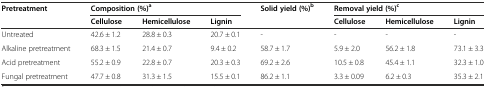
<table><thead><tr><td><b>Pretreatment</b></td><td colspan="3"><b>Composition (%)<sup>a</sup></b></td><td><b>Solid yield (%)<sup>b</sup></b></td><td colspan="3"><b>Removal yield (%)<sup>c</sup></b></td></tr><tr><td></td><td><b>Cellulose</b></td><td><b>Hemicellulose</b></td><td><b>Lignin</b></td><td></td><td><b>Cellulose</b></td><td><b>Hemicellulose</b></td><td><b>Lignin</b></td></tr></thead><tbody><tr><td>Untreated</td><td>42.6 ± 1.2</td><td>28.8 ± 0.3</td><td>20.7 ± 0.1</td><td>-</td><td>-</td><td>-</td><td>-</td></tr><tr><td>Alkaline pretreatment</td><td>68.3 ± 1.5</td><td>21.4 ± 0.7</td><td>9.4 ± 0.2</td><td>58.7 ± 1.7</td><td>5.9 ± 2.0</td><td>56.2 ± 1.8</td><td>73.1 ± 3.3</td></tr><tr><td>Acid pretreatment</td><td>55.2 ± 0.9</td><td>22.8 ± 0.7</td><td>20.3 ± 0.3</td><td>69.2 ± 2.6</td><td>10.5 ± 0.8</td><td>45.4 ± 1.1</td><td>32.3 ± 1.0</td></tr><tr><td>Fungal pretreatment</td><td>47.7 ± 0.8</td><td>31.3 ± 1.5</td><td>15.5 ± 0.1</td><td>86.2 ± 1.1</td><td>3.3 ± 0.09</td><td>6.2 ± 0.3</td><td>35.3 ± 2.1</td></tr></tbody></table>